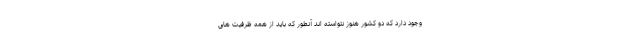
وجود دارد که دو کشور هنوز نتواسته اند آنطور که باید از همه ظرفیت های